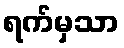
ရက်မှသာ